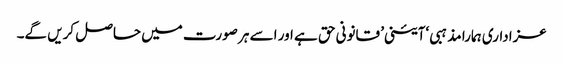
عزاداری ہمارا مذہبی ‘آئینی’ قانونی حق ہے اور اسے ہر صورت میں حاصل کریں گے۔